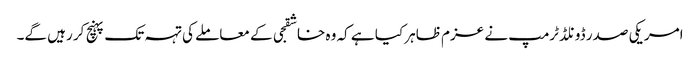
امریکی صدر ڈونلڈ ٹرمپ نے عزم ظاہر کیا ہے کہ وہ خاشقجی کے معاملے کی تہہ تک پہنچ کر رہیں گے۔